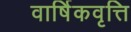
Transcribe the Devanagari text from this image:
वार्षिकवृत्ति